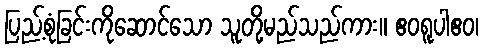
ပြည့်စုံခြင်းကိုဆောင်သော သူတို့မည်သည်ကား။ ဧဝရူပါဧဝ၊